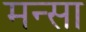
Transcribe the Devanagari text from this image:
मन्सा